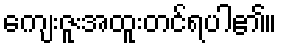
ကျေးဇူးအထူးတင်ရပါ၏။